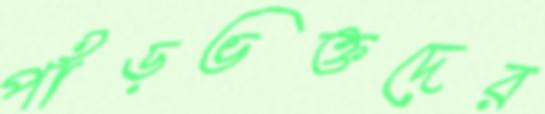
পাঁড়ভক্তদের